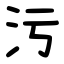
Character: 污